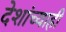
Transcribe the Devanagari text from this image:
देशांच्याही